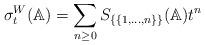
LaTeX: \begin{align*}\sigma_t^W(\mathbb{A})=\sum_{n\geq 0}S_{\{\{1,\dots,n\}\}}(\mathbb{A})t^n\end{align*}